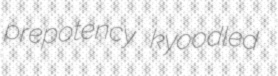
prepotency kyoodled